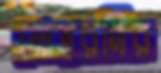
মোহরদির